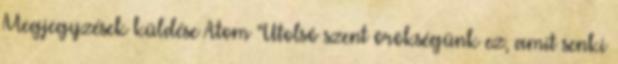
Megjegyzések küldése Atom “Utolsó szent örökségünk ez, amit senki